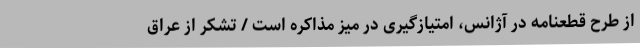
از طرح قطعنامه در آژانس، امتیازگیری در میز مذاکره است / تشکر از عراق